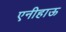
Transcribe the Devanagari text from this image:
एनीहाऊ